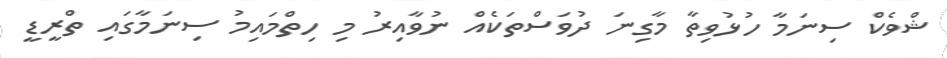
ޝްވެކް ސިނަމާ ހުޅުވިތާ މާގިނަ ދުވަސްތަކެއް ނުވާއިރު މި ހިތްމައިމު ސިނަމާގައި ތްރީޑީ